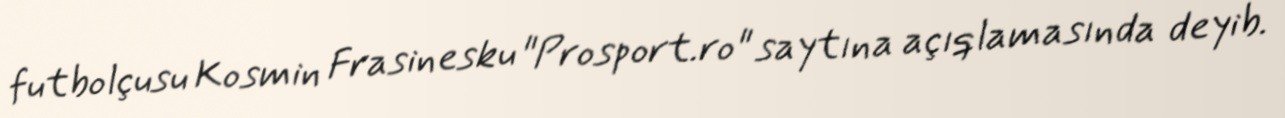
futbolçusu Kosmin Frasinesku "Prosport.ro" saytına açıqlamasında deyib.